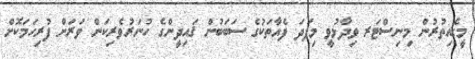
މީގެއިތުރުން މިނިސްޓަރ ވިދާޅުވީ މިފަދަ ފެއާތަކުގެ ސަބަބުން ޤައިދީންގެ ހުނަރުވެރިކަން ވަރަށް ފުރިހަމަކޮށް